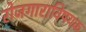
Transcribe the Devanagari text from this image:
रोजगाराविषयक